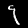
Digit: 9